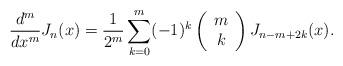
LaTeX: \begin{align*}\frac{d^m}{dx^m}J_n(x)=\frac{1}{2^m}\sum_{k=0}^{m}(-1)^k \left(\begin{array}{c}m\\k\end{array}\right)J_{n-m+2k}(x).\end{align*}